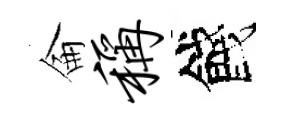
侖称餞